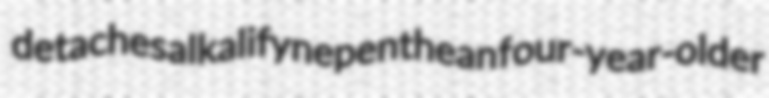
detaches alkalify nepenthean four-year-older